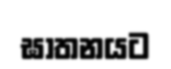
ඝාතනයට